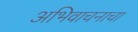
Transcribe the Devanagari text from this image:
अभिवाचनाचा